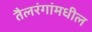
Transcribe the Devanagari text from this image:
तैलरंगांमधील